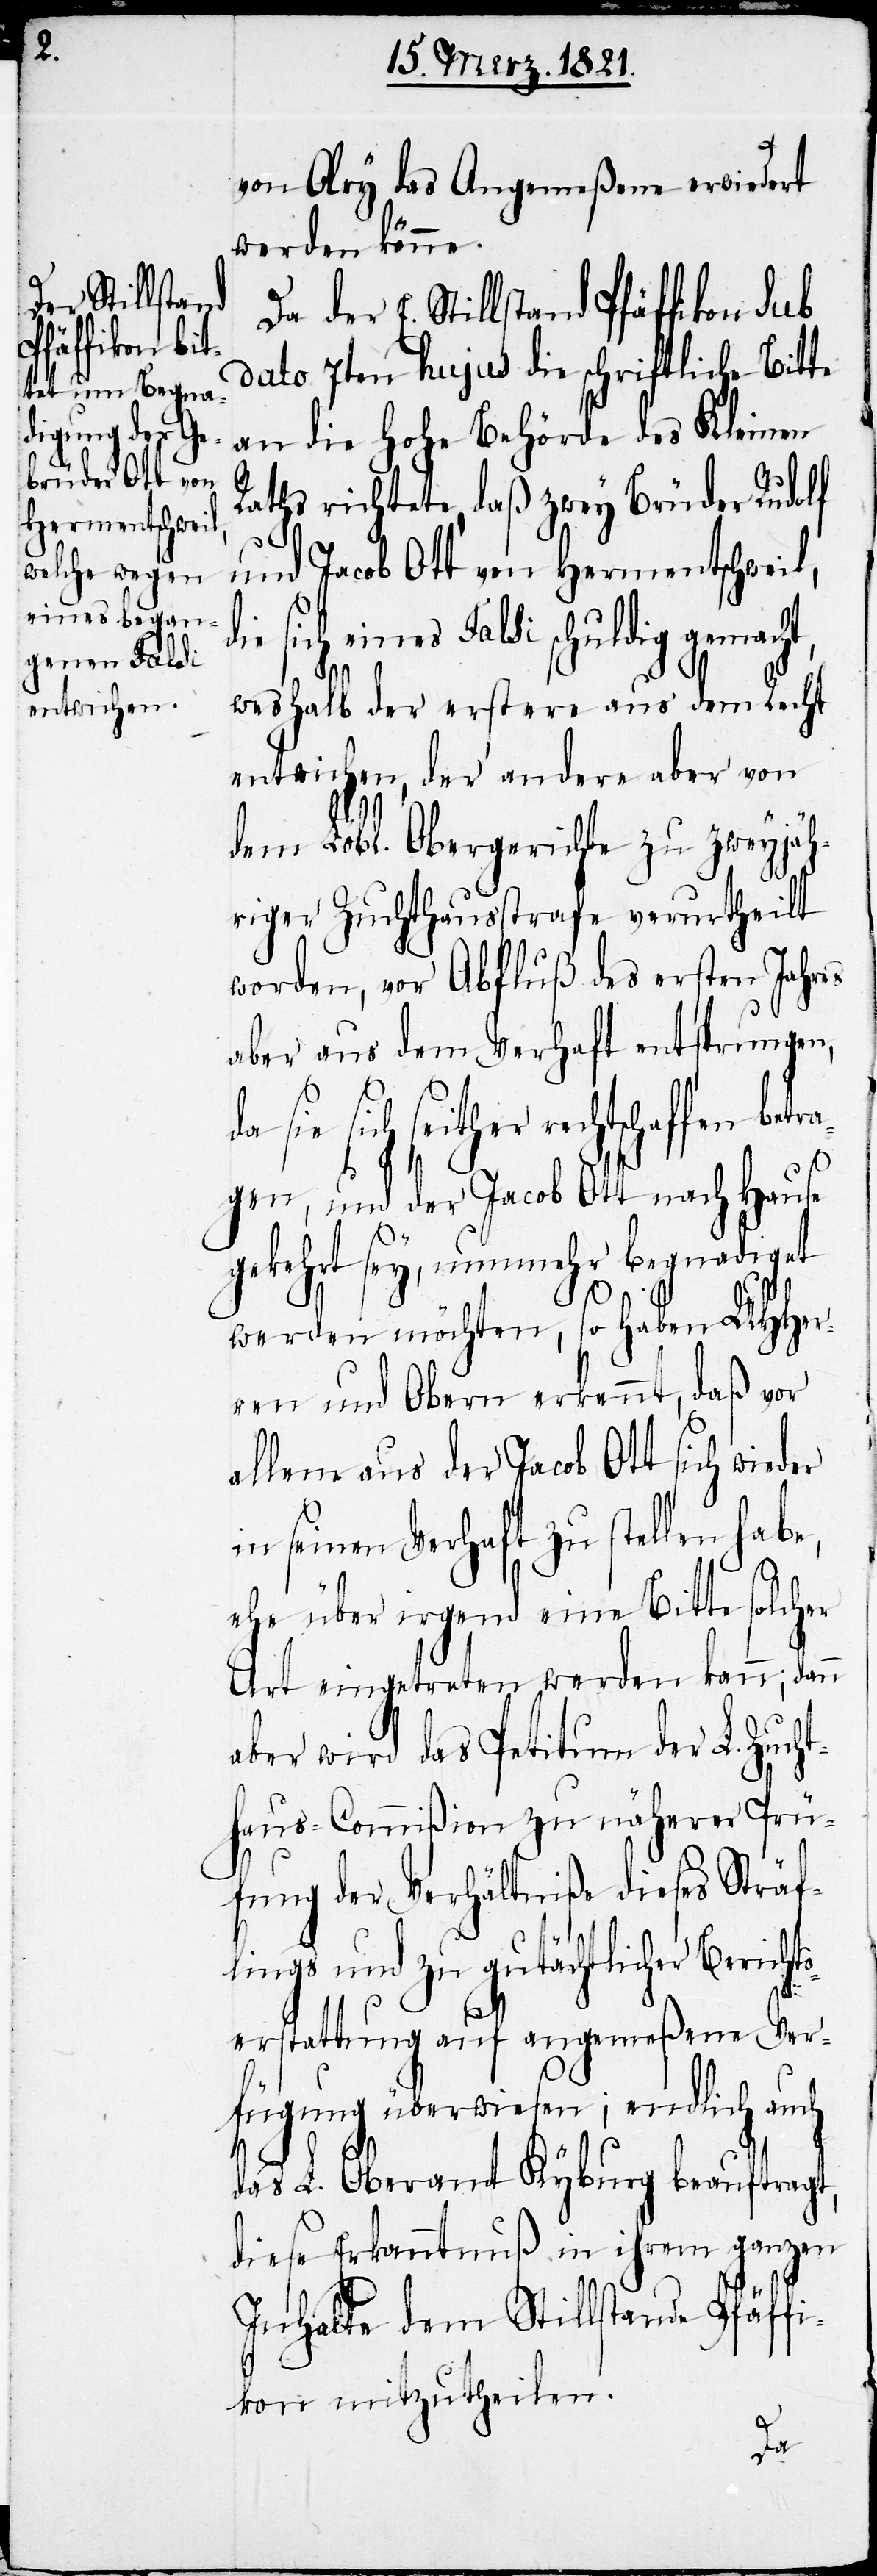
von Olry das Angemeßene erwiedert
werden könne.
Da der E. Stillstand Pfäffikon sub
dato 7ten hujus die schriftliche Bitte
an die hohe Behörde des Kleinen
Rathes richtete, daß zwey Brüder Rudolf
und Jacob Ott von Hermentschweil,
eines Falsi schuldig
weshalb der erstere aus dem Recht
entwichen, der andere aber von
betra¬
dem Löbl. Obergerichte zu zweyjäh¬
riger Zuchthausstrafe verurtheilt
worden, von Abfluß des ersten Jahres
aber aus dem Verhaft entsprungen,
seither rechtschaffen
gen, und der Jacob Ott nach Hause
gekehrt sey, nunmehr begnadigt
werden möchten, so haben UHHer¬
ren und Obern erkennt, daß vor
allem aus der Jacob Ott sich wieder
in seinen Verhaft zu stellen habe,
ehe über irgend eine Bitte solcher
Art eingetreten werden kann; dann
aber wird das Petitum der L. Zucht¬
haus-Commißion zu näherer Prü¬
fung der Verhältniße dieses Sträf¬
lings und zu gutächtlicher Berichts¬
erstattung auf angemeßene Ver¬
fügung überwiesen; endlich auch
das L. Oberamt Kyburg beauftragt,
diese Erkanntnuß in ihrem ganzen
Inhalte dem Stillstande Pfäff¬
ikon mitzutheilen.